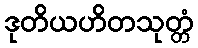
ဒုတိယဟိတသုတ္တံ